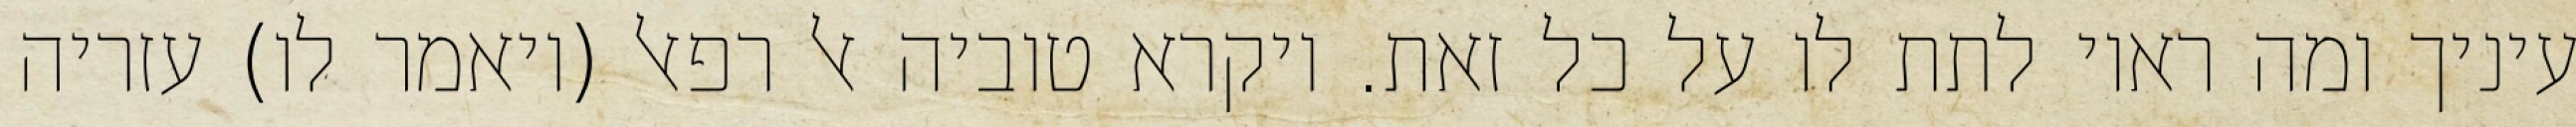
עיניך ומה ראוי לתת לו על כל זאת. ויקרא טוביה אל רפאל (ויאמר לו) עזריה